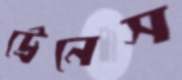
ট্রেনেস